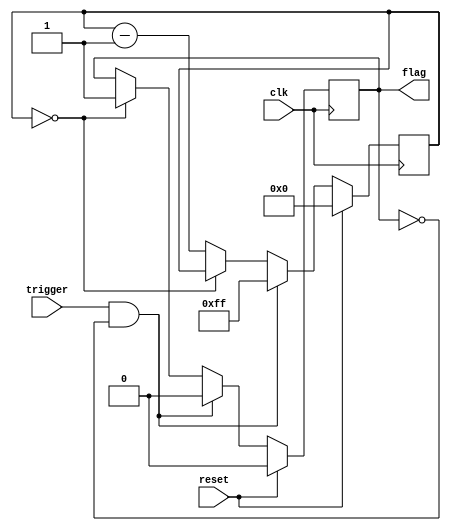
module one_shot_timer (
    input clk,
    input trigger,
    input reset,
    output reg flag
);

reg [7:0] counter;

always @(posedge clk) begin
    if (reset) begin
        counter <= 8'h00;
        flag <= 1'b0;
    end else if (trigger && !flag) begin
        counter <= 8'hFF;
        flag <= 1'b0;
    end else if (counter == 8'h00) begin
        flag <= 1'b1;
    end else begin
        counter <= counter - 1;
    end
end

endmodule